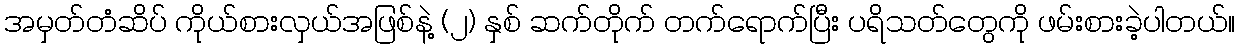
အမှတ်တံဆိပ် ကိုယ်စားလှယ်အဖြစ်နဲ့ (၂) နှစ် ဆက်တိုက် တက်ရောက်ပြီး ပရိသတ်တွေကို ဖမ်းစားခဲ့ပါတယ်။